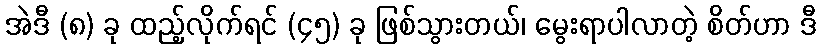
အဲဒီ (၈) ခု ထည့်လိုက်ရင် (၄၅) ခု ဖြစ်သွားတယ်၊ မွေးရာပါလာတဲ့ စိတ်ဟာ ဒီ